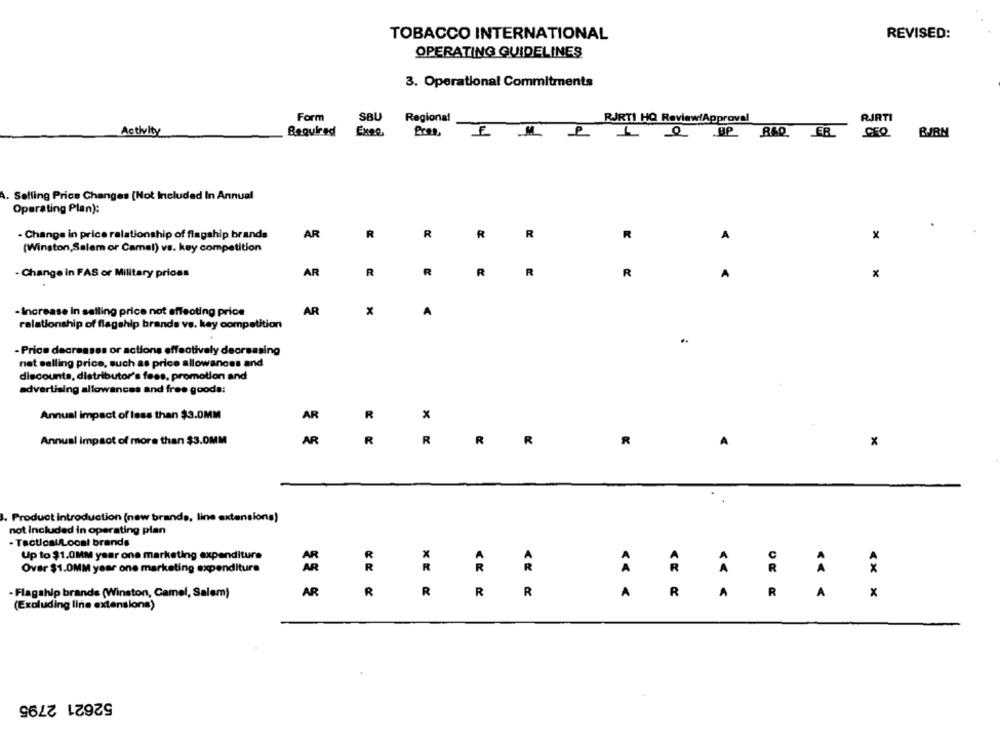
TOBACCO INTERNATIONAL
REVISED:
OPERATING GUIDELINES
3. Operational Commitments
Form
SBU
Regional
RJRTI
RJRTI HQ Review/Approval
Activity
Required
Exec
Pros.
1
Q UP RAD ER
A. Selling Price Changes (Not Included In Annual
Operating Plan):
- Change in price relationship of flagship brands
AR
R
R
R
R
R
x
A
(Winston,Salem or Camel) vs. key competition
- Change in FAS or Military prices
AR
R
R
R
R
R
A
- Increase In selling price not affecting price
AR
x
A
relationship of flagship brands ve. key competition
..
- Price decreases or actions effectively decreasing
net selling price, such as price allowances and
discounts, distributor's fees, promotion and
advertising allowances and free goods:
Annual impact of less than $3.0MM
AR
R
Annual impact of more than $3.0MM
AR
R
R
R
R
R
A
X
.
. Product Introduction (new brands, line extensions)
not included in operating plan
- Tactlost/Local brands
Up to $1.0MM year one marketing expenditure
Over $1.0MM year one marketing expenditure
R
R
- Flagship brands (Winston, Camel, Salem)
AR
R
R
R
R
A
R
R
A
x
(Excluding line extensions)
52621 2795